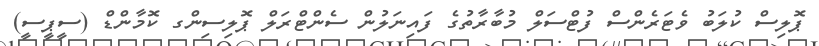
ޕޮލިސް ކުލަބު ވެޓަރެންސް ފުޓްސަލް މުބާރާތުގެ ފައިނަލުން ސެންޓްރަލް ޕޮލިސިންގ ކޮމާންޑް (ސީޕީސީ)